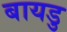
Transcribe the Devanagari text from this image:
बायडु